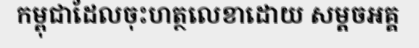
កម្ពុជាដែលចុះហត្ថលេខាដោយ សម្តចអគ្គ